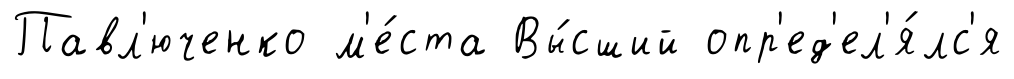
Павл'юченко м'е́ста Вы́сший опр'ед'ел'я́лс'я